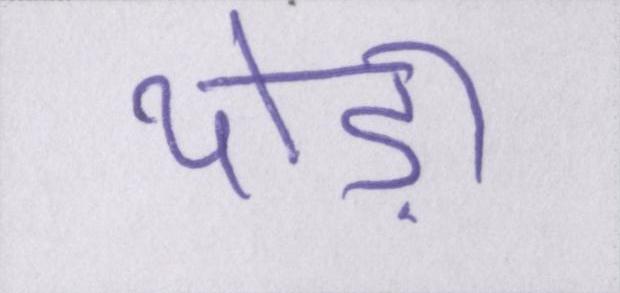
थोड़ा